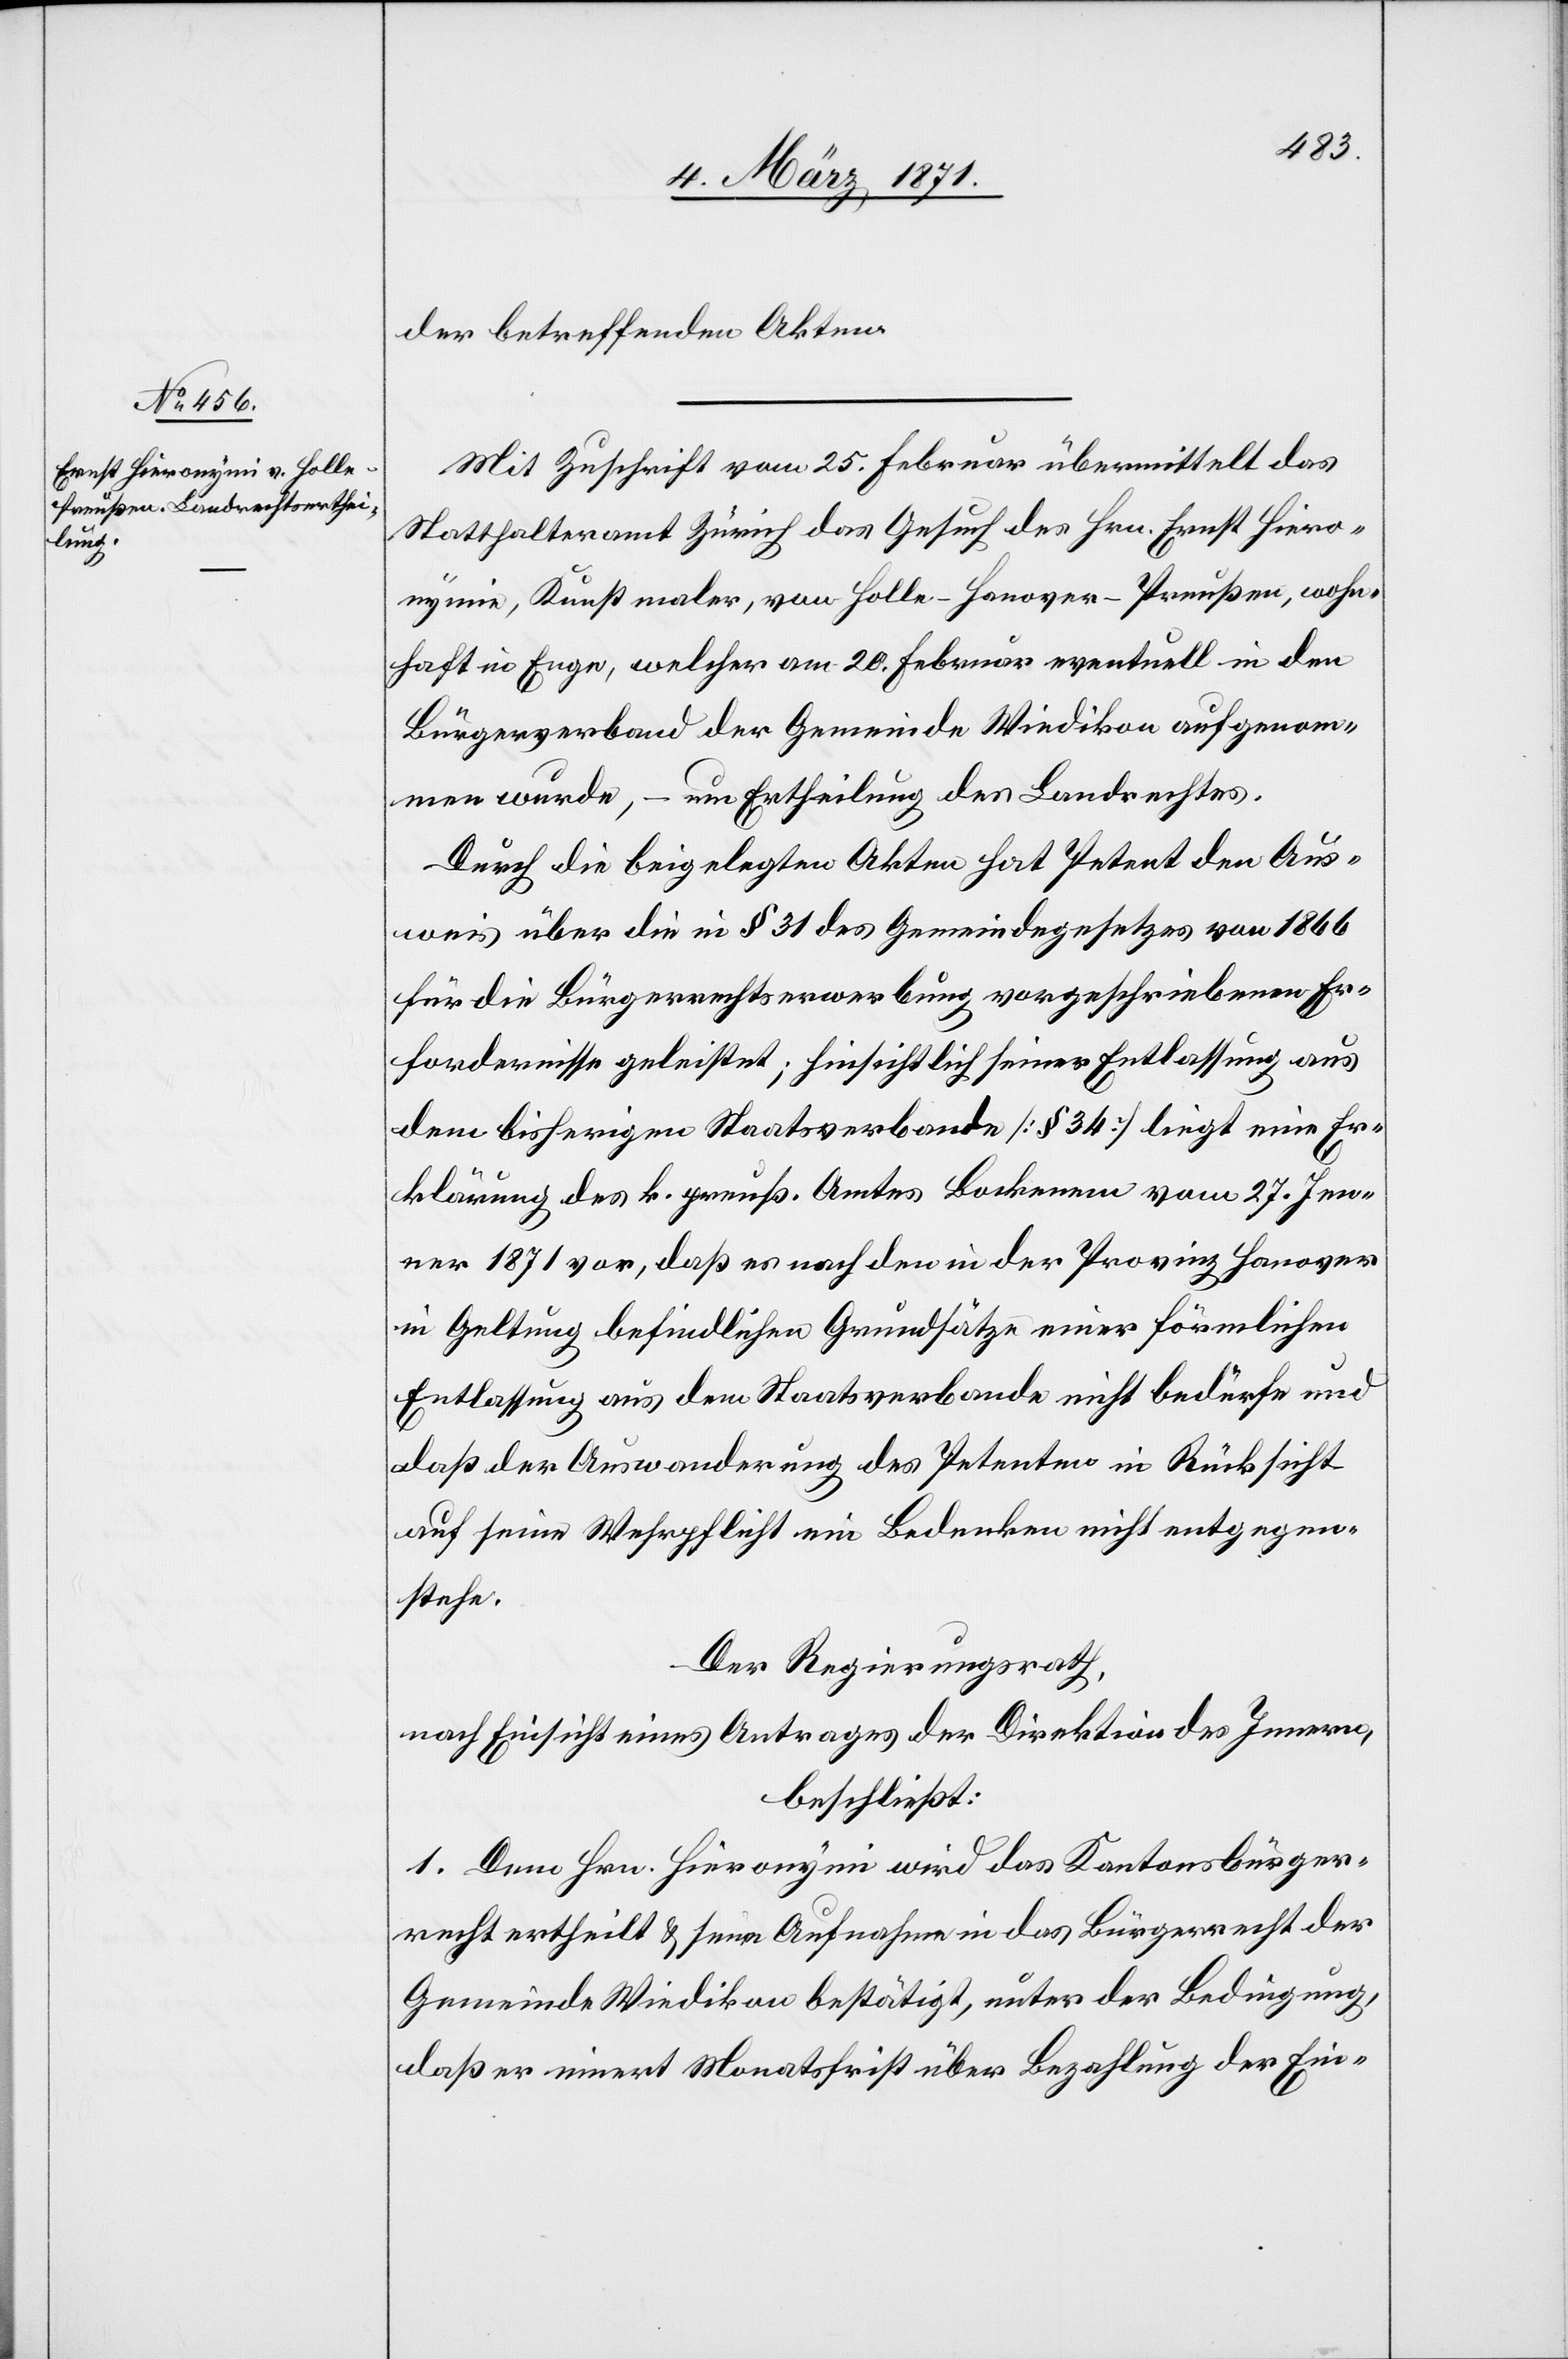
der betreffenden Akten.
Mit Zuschrift vom 25. Februar übermittelt das
Statthalteramt Zürich das Gesuch des Hrn. Ernst Hiero¬
nymie [sic!], Kunstmaler, von Holle-Hanover-Preußen, wohn¬
haft in Enge, welcher am 20. Februar eventuell in den
Bürgerverband der Gemeinde Wiedikon aufgenom¬
men wurde, – um Ertheilung des Landrechtes.
Durch die beigelegten Akten hat Petent den Aus¬
weis über die in § 31 des Gemeindegesetzes von 1866
für die Bürgerrechtserwerbung vorgeschriebenen Er¬
fordernisse geleistet; hinsichtlich seiner Entlassung aus
dem bisherigen Staatsverbande [§ 34] liegt eine Er¬
klärung des k. preuß. Amtes Bockenem vom 27. Jen¬
ner 1871 vor, daß es nach den in der Provinz Hanover
in Geltung befindlichen Grundsätze einer förmlichen
Entlassung aus dem Staatsverbande nicht bedürfe und
daß der Auswanderung des Petenten in Rücksicht
auf seine Wehrpflicht ein Bedenken nicht entgegen¬
stehe.
Der Regierungsrath,
nach Einsicht eines Antrages der Direktion des Innern,
beschließt:
1. Dem Hrn. Hieronymi wird das Kantonsbürger¬
recht ertheilt u. seine Aufnahme in das Bürgerrecht der
Gemeinde Wiedikon bestätigt, unter der Bedingung,
daß er innert Monatsfrist über Bezahlung der Ein-